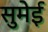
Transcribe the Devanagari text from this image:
सुमेई